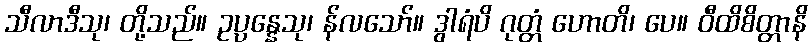
သီလာဒီသု၊ တို့သည်။ ဥပ္ပန္နေသု၊ န်လသော်။ ဒွါရံပိ ဂုတ္တံ ဟောတိ၊ ပေ။ ဝီထိစိတ္တာနိ